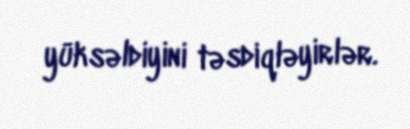
yüksəldiyini təsdiqləyirlər.